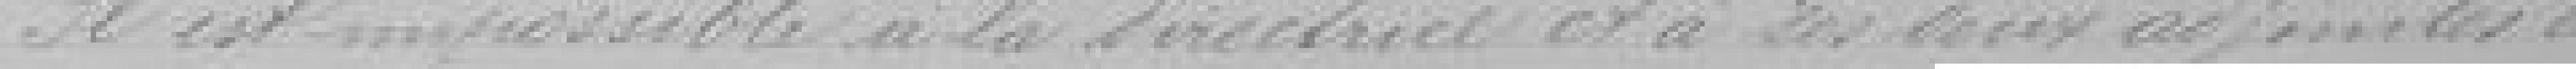
Il est impossible à la Directrice et a ces deux adjointes de